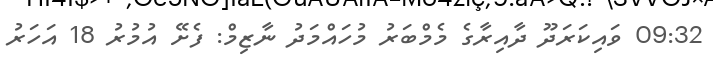
09:32 ވައިކަރަދޫ ދާއިރާގެ މެމްބަރު މުހައްމަދު ނާޒިމް: ފެށޭ އުމުރު 18 އަހަރު